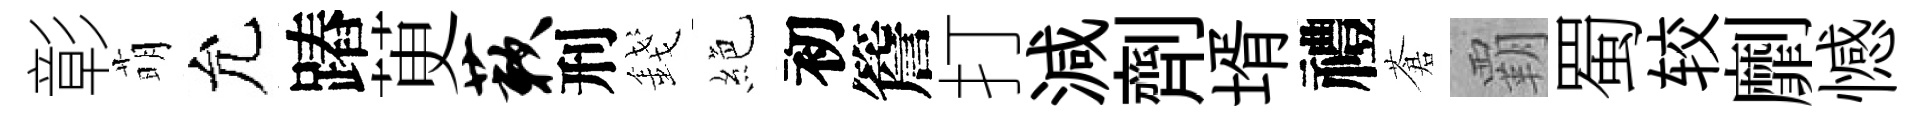
彰萌允蹖茰蔌刑錢絶初簷打減劑壻禮蒼覇蜀较劘憾